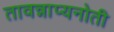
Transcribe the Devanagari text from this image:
तावन्नाप्यनोती